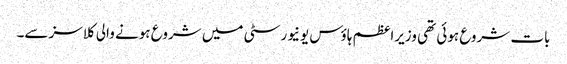
بات شروع ہوئی تھی وزیراعظم ہاؤس یونیورسٹی میں شروع ہونے والی کلاسز سے۔